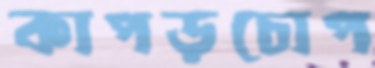
কাপড়চোপ